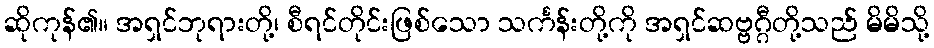
ဆိုကုန်၏။ အရှင်ဘုရားတို့၊ စီရင်တိုင်းဖြစ်သော သင်္ကန်းတို့ကို အရှင်ဆဗ္ဗဂ္ဂီတို့သည် မိမိသို့